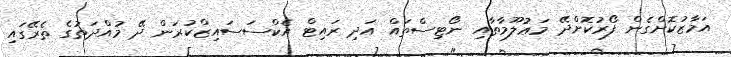
އަމާޒުކޮށްގެން ފޯރުކޮށްދޭ މަޢުލޫމާތާއި ނޯޓިސްތައް އަދި ރައިޓް އެކްސަސައިޒްކުރަން ދޭ މުއްދަތުގެ ތެރޭގައި